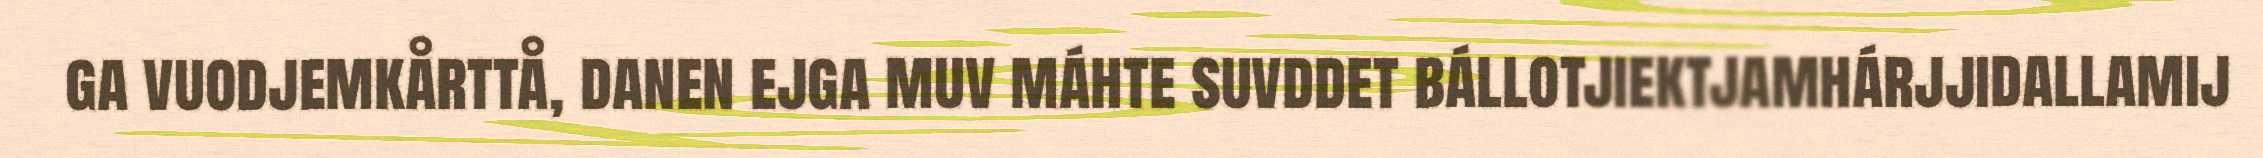
ga vuodjemkårttå, danen ejga muv máhte suvddet bállotjiektjamhárjjidallamij